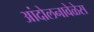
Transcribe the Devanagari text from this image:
आंदोलनावेळेस